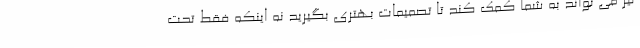
نیز می تواند به شما کمک کند تا تصمیمات بهتری بگیرید نه اینکه فقط تحت